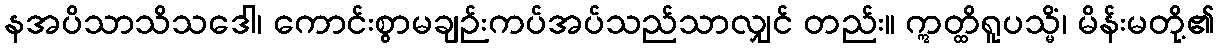
နအပိသာသိသဒေါ၊ ကောင်းစွာမချဉ်းကပ်အပ်သည်သာလျှင် တည်း။ ဣတ္ထိရူပသ္မိံ၊ မိန်းမတို့၏